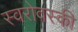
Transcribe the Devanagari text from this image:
स्वरोवस्की